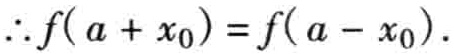
\(\therefore f(a + x_{0}) = f(a - x_{0}).\)